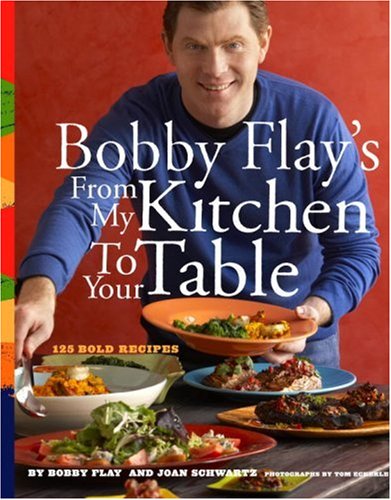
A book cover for Bobby Flay's From My Kitchen to Your Table; Bobby Flay; Cookbooks, Food & Wine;